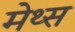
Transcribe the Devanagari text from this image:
मेथ्स